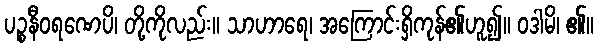
ပဉ္စနီဝရဏေပိ၊ တို့ကိုလည်း။ သာဟာရေ၊ အကြောင်းရှိကုန်၏ဟူ၍။ ဝဒါမိ၊ ၏။